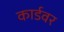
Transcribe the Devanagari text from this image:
कार्डवर